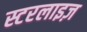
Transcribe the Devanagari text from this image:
स्टरलाइज़